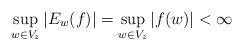
LaTeX: \begin{align*}\sup_{w\in V_z}|E_w(f)|=\sup_{w\in V_z}|f(w)|<\infty\end{align*}